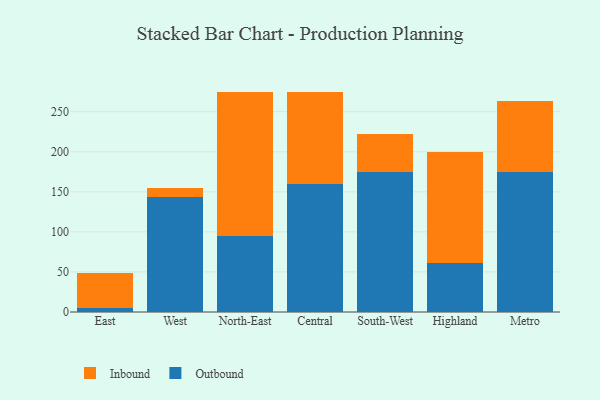
{"axis": {"x": "Region", "y": "Churn Rate (%)"}, "legend": ["Inbound", "Outbound"], "data": [{"x": "East", "y": 5.4, "type": "Outbound"}, {"x": "East", "y": 42.8, "type": "Inbound"}, {"x": "West", "y": 143.5, "type": "Outbound"}, {"x": "West", "y": 11.1, "type": "Inbound"}, {"x": "North-East", "y": 95.3, "type": "Outbound"}, {"x": "North-East", "y": 178.8, "type": "Inbound"}, {"x": "Central", "y": 160.2, "type": "Outbound"}, {"x": "Central", "y": 114.9, "type": "Inbound"}, {"x": "South-West", "y": 174.4, "type": "Outbound"}, {"x": "South-West", "y": 47.3, "type": "Inbound"}, {"x": "Highland", "y": 60.6, "type": "Outbound"}, {"x": "Highland", "y": 138.8, "type": "Inbound"}, {"x": "Metro", "y": 175.2, "type": "Outbound"}, {"x": "Metro", "y": 87.8, "type": "Inbound"}]}